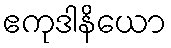
ဧကုဒါနိယော